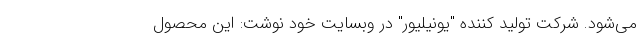
می‌شود. شرکت تولید کننده "یونیلیور" در وبسایت خود نوشت: این محصول